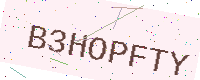
Text: B3HOPFTY